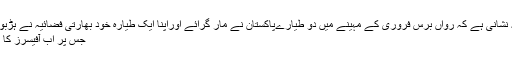
ہاتھ پاﺅں کانپنے کی ہی تو یہ نشانی ہے کہ رواں برس فروری کے مہینے میں دو طیارےپاکستان نے مار گرائے اوراپنا ایک طیارہ خود بھارتی فضائیہ نے ہڑبونگ کی حالت میں مار گرایا-
جس پر اب آفیسرز کا کورٹ مارشل کیا جا رہا ہے۔